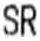
SR